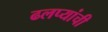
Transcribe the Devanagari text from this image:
ढलप्यांची